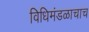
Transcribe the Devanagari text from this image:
विधिमंडळाचाच